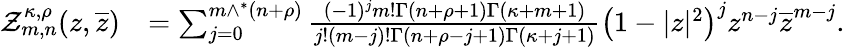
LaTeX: \begin{array}{rl}{\mathcal{Z}_{m,n}^{\kappa,\rho}(z,\overline{{z}})}&{=\sum_{j=0}^{m\wedge^{*}(n+\rho)}\frac{(-1)^{j}m!\Gamma(n+\rho+1)\Gamma(\kappa+m+1)}{j!(m-j)!\Gamma(n+\rho-j+1)\Gamma(\kappa+j+1)}\left(1-|z|^{2}\right)^{j}z^{n-j}\overline{{z}}^{m-j}.}\end{array}